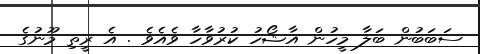
ސަބަބުން ބަލާ މީހުން އާޝޯހު ކުރުވާހާ ވެއެވެ . އެ ރީތި މޫނުގެ